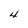
Character: 4